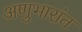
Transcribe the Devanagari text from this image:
अणुभारांत